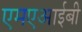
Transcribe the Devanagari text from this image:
एमएआईबी